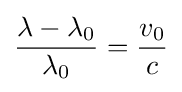
{\frac {\lambda -\lambda _{0}}{\lambda _{0}}}={\frac {v_{0}}{c}}